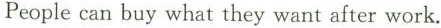
People can buy what they want after work.